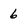
Character: 6